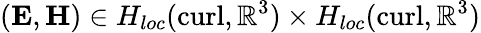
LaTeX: (\mathbf{E},\mathbf{H})\in H_{loc}(\mathrm{curl},\mathbb{R}^{3})\times H_{loc}(\mathrm{curl},\mathbb{R}^{3})